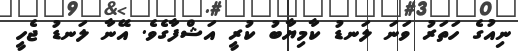
ނިއުގެ ހަތަރު ވަނަ ލަނޑު ކާމިޔާބު ކުރީ އަޝްފާގެވެ. އޭނާ ލަނޑު ޖެހީ